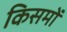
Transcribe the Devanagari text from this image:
किसमों